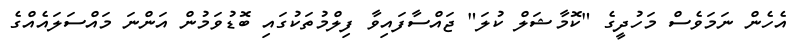
އެހެން ނަމަވެސް މަހުދީގެ "ކޮމާޝަލް ކުލަ" ޖައްސާފައިވާ ފިލްމުތަކުގައި ބޮޑުވަމުން އަންނަ މައްސަލައެއްގެ